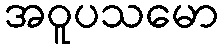
အဝူပသမော